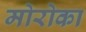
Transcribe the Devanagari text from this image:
मोरोका